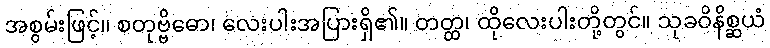
အစွမ်းဖြင့်။ စတုဗ္ဗိဓော၊ လေးပါးအပြားရှိ၏။ တတ္ထ၊ ထိုလေးပါးတို့တွင်။ သုခဝိနိစ္ဆယံ